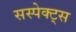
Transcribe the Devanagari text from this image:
सस्पेक्ट्स